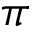
\pi